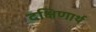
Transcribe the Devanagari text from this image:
दक्षिणार्थ